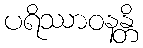
ပရိဿာဝနန္တိ